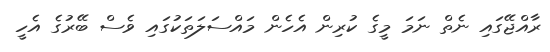
ރާއްޖޭގައި ނެތް ނަމަ މީގެ ކުރިން އެހެން މައްސަލަތަކުގައި ވެސް ބޭރުގެ އެހީ